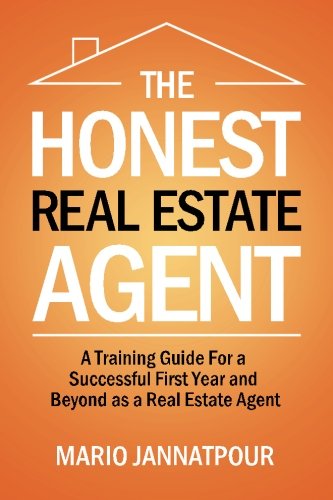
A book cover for The Honest Real Estate Agent: A Training Guide for a Successful First Year and Beyond as a Real Estate Agent; Mario Jannatpour; Business & Money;